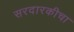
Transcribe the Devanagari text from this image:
सरदारकीचा